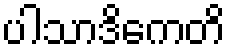
ပါသာဒိကေတိ